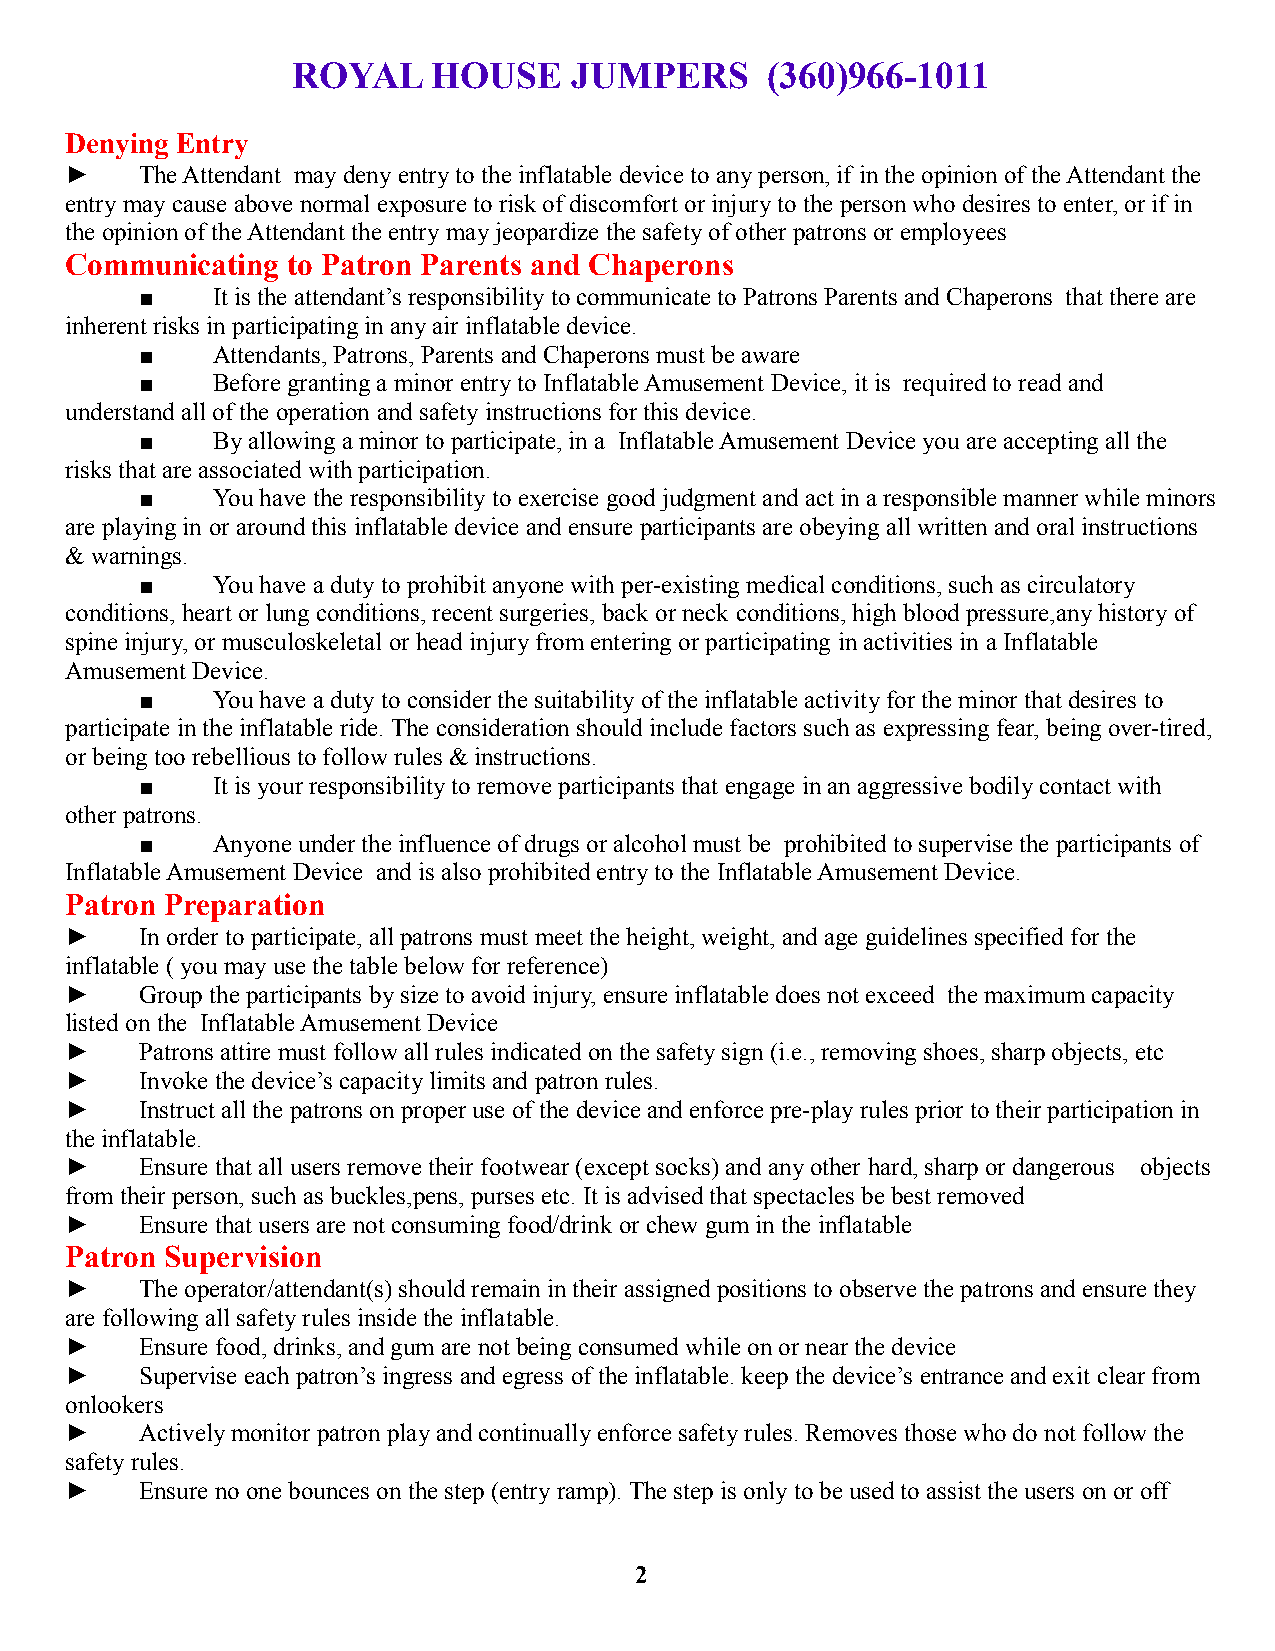
ROYAL     HOUSE    JUMPERS      (360)966-1011
 Denying Entry
 ►    The Attendant may deny entry to the inflatable device to any person, if in the opinion of the Attendant the
 entry may cause above normal exposure to risk of discomfort or injury to the person who desires to enter, or if in
 the opinion of the Attendant the entry may jeopardize the safety of other patrons or employees
 Communicating  to Patron Parents and Chaperons
 ■    It is the attendant’s responsibility to communicate to Patrons Parents and Chaperons that there are
 inherent risks in participating in any air inflatable device.
 ■    Attendants, Patrons, Parents and Chaperons must be aware
 ■    Before granting a minor entry to Inflatable Amusement Device, it is required to read and
 understand all of the operation and safety instructions for this device.
 ■    By allowing a minor to participate, in a Inflatable Amusement Device you are accepting all the
 risks that are associated with participation.
 ■    You have the responsibility to exercise good judgment and act in a responsible manner while minors
 are playing in or around this inflatable device and ensure participants are obeying all written and oral instructions
 & warnings.
 ■    You have a duty to prohibit anyone with per-existing medical conditions, such as circulatory
 conditions, heart or lung conditions, recent surgeries, back or neck conditions, high blood pressure,any history of
 spine injury, or musculoskeletal or head injury from entering or participating in activities in a Inflatable
 Amusement Device.
 ■    You have a duty to consider the suitability of the inflatable activity for the minor that desires to
 participate in the inflatable ride. The consideration should include factors such as expressing fear, being over-tired,
 or being too rebellious to follow rules & instructions.
 ■    It is your responsibility to remove participants that engage in an aggressive bodily contact with
 other patrons.
 ■    Anyone under the influence of drugs or alcohol must be prohibited to supervise the participants of
 Inflatable Amusement Device and is also prohibited entry to the Inflatable Amusement Device.
 Patron Preparation
 ►    In order to participate, all patrons must meet the height, weight, and age guidelines specified for the
 inflatable ( you may use the table below for reference)
 ►    Group the participants by size to avoid injury, ensure inflatable does not exceed the maximum capacity
 listed on the Inflatable Amusement Device
 ►    Patrons attire must follow all rules indicated on the safety sign (i.e., removing shoes, sharp objects, etc
 ►    Invoke the device’s capacity limits and patron rules.
 ►    Instruct all the patrons on proper use of the device and enforce pre-play rules prior to their participation in
 the inflatable.
 ►    Ensure that all users remove their footwear (except socks) and any other hard, sharp or dangerous objects
 from their person, such as buckles,pens, purses etc. It is advised that spectacles be best removed
 ►    Ensure that users are not consuming food/drink or chew gum in the inflatable
 Patron Supervision
 ►    The operator/attendant(s) should remain in their assigned positions to observe the patrons and ensure they
 are following all safety rules inside the inflatable.
 ►    Ensure food, drinks, and gum are not being consumed while on or near the device
 ►    Supervise each patron’s ingress and egress of the inflatable. keep the device’s entrance and exit clear from
 onlookers
 ►    Actively monitor patron play and continually enforce safety rules. Removes those who do not follow the
 safety rules.
 ►    Ensure no one bounces on the step (entry ramp). The step is only to be used to assist the users on or off
 2